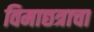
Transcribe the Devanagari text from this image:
विमाछत्राचा